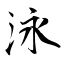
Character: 泳